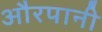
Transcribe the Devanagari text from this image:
औरपानी